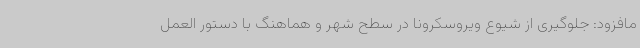
مافزود: جلوگیری از شیوع ویروسکرونا در سطح شهر و هماهنگ با دستور العمل